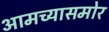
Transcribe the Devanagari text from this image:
आमच्यासमोर